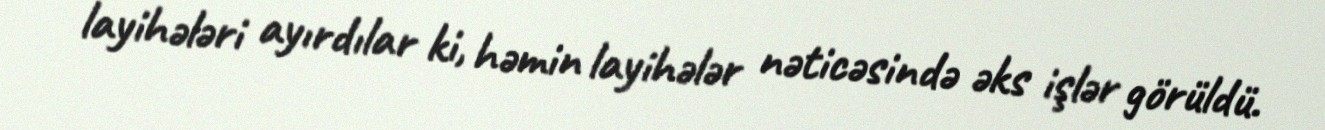
layihələri ayırdılar ki, həmin layihələr nəticəsində əks işlər görüldü.